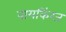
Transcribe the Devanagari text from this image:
वायकिंग्ज